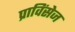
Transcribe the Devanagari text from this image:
प्राविंसेज